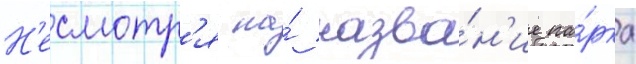
Н'есмотр'я на́ назва́н'ие па́рка